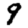
Digit: 9